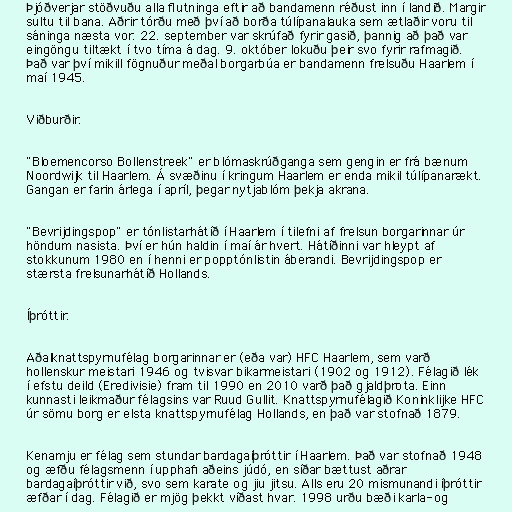
Þjóðverjar stöðvuðu alla flutninga eftir að bandamenn réðust inn í landið. Margir
sultu til bana. Aðrir tórðu með því að borða túlípanalauka sem ætlaðir voru til
sáninga næsta vor. 22. september var skrúfað fyrir gasið, þannig að það var
eingöngu tiltækt í tvo tíma á dag. 9. október lokuðu þeir svo fyrir rafmagið.
Það var því mikill fögnuður meðal borgarbúa er bandamenn frelsuðu Haarlem í
maí 1945.

Viðburðir.

"Bloemencorso Bollenstreek" er blómaskrúðganga sem gengin er frá bænum
Noordwijk til Haarlem. Á svæðinu í kringum Haarlem er enda mikil túlípanarækt.
Gangan er farin árlega í apríl, þegar nytjablóm þekja akrana.

"Bevrijdingspop" er tónlistarhátíð í Haarlem í tilefni af frelsun borgarinnar úr
höndum nasista. Því er hún haldin í maí ár hvert. Hátíðinni var hleypt af
stokkunum 1980 en í henni er popptónlistin áberandi. Bevrijdingspop er
stærsta frelsunarhátíð Hollands.

Íþróttir.

Aðalknattspyrnufélag borgarinnar er (eða var) HFC Haarlem, sem varð
hollenskur meistari 1946 og tvisvar bikarmeistari (1902 og 1912). Félagið lék
í efstu deild (Eredivisie) fram til 1990 en 2010 varð það gjaldþrota. Einn
kunnasti leikmaður félagsins var Ruud Gullit. Knattspyrnufélagið Koninklijke HFC
úr sömu borg er elsta knattspyrnufélag Hollands, en það var stofnað 1879.

Kenamju er félag sem stundar bardagaíþróttir í Haarlem. Það var stofnað 1948
og æfðu félagsmenn í upphafi aðeins júdó, en síðar bættust aðrar
bardagaíþróttir við, svo sem karate og jiu jitsu. Alls eru 20 mismunandi íþróttir
æfðar í dag. Félagið er mjög þekkt víðast hvar. 1998 urðu bæði karla- og